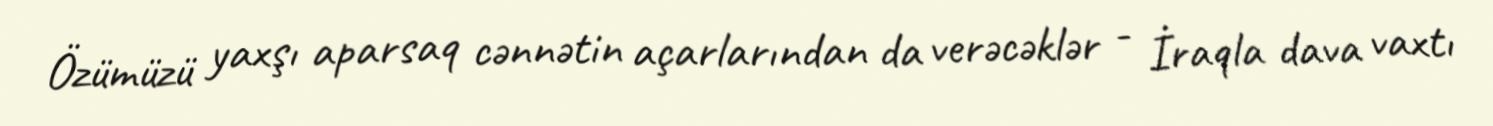
Özümüzü yaxşı aparsaq cənnətin açarlarından da verəcəklər - İraqla dava vaxtı